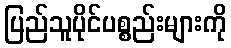
ပြည်သူပိုင်ပစ္စည်းများကို